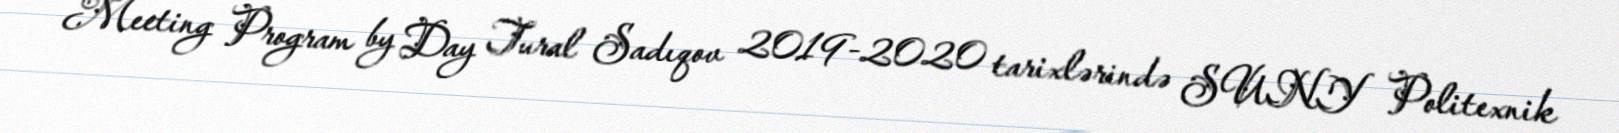
Meeting Program by Day Tural Sadıqov 2019-2020 tarixlərində SUNY Politexnik